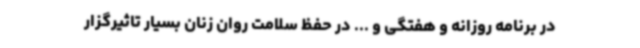
در برنامه روزانه و هفتگی و ... در حفظ سلامت روان زنان بسیار تاثیرگزار